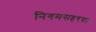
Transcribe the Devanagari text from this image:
निगमसहरसा